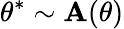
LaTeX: \theta^{*}\sim\mathbf{A}(\theta)